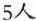
5人